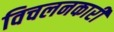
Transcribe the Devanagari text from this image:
विचलनकारी